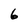
Character: 6